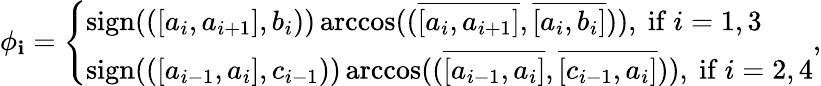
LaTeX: \phi_{\mathbf{i}}=\left\{ \begin{array}{ll}{\mathrm{sign}(([a_{i},a_{i+1}],b_{i}))\operatorname{arccos}((\overline{{[a_{i},a_{i+1}]}},\overline{{[a_{i},b_{i}]}})),\mathrm{~if~}i=1,3}\\ {\mathrm{sign}(([a_{i-1},a_{i}],c_{i-1}))\operatorname{arccos}((\overline{{[a_{i-1},a_{i}]}},\overline{{[c_{i-1},a_{i}]}})),\mathrm{~if~}i=2,4}\end{array}\right.,